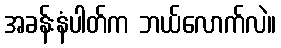
အခန်းနံပါတ်က ဘယ်လောက်လဲ။